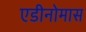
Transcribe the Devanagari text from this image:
एडीनोमास